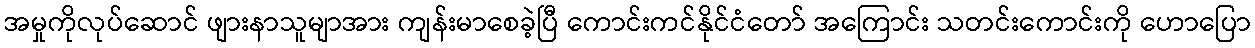
အမှုကိုလုပ်ဆောင် ဖျားနာသူမျာအား ကျန်းမာစေခဲ့ပြီ ကောင်းကင်နိုင်ငံတော် အကြောင်း သတင်းကောင်းကို ဟောပြော